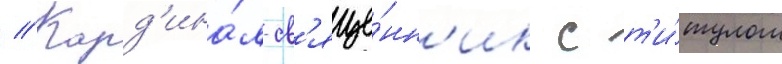
// Кард'ина́л-св'яще́нн'ик с т'и́тулом